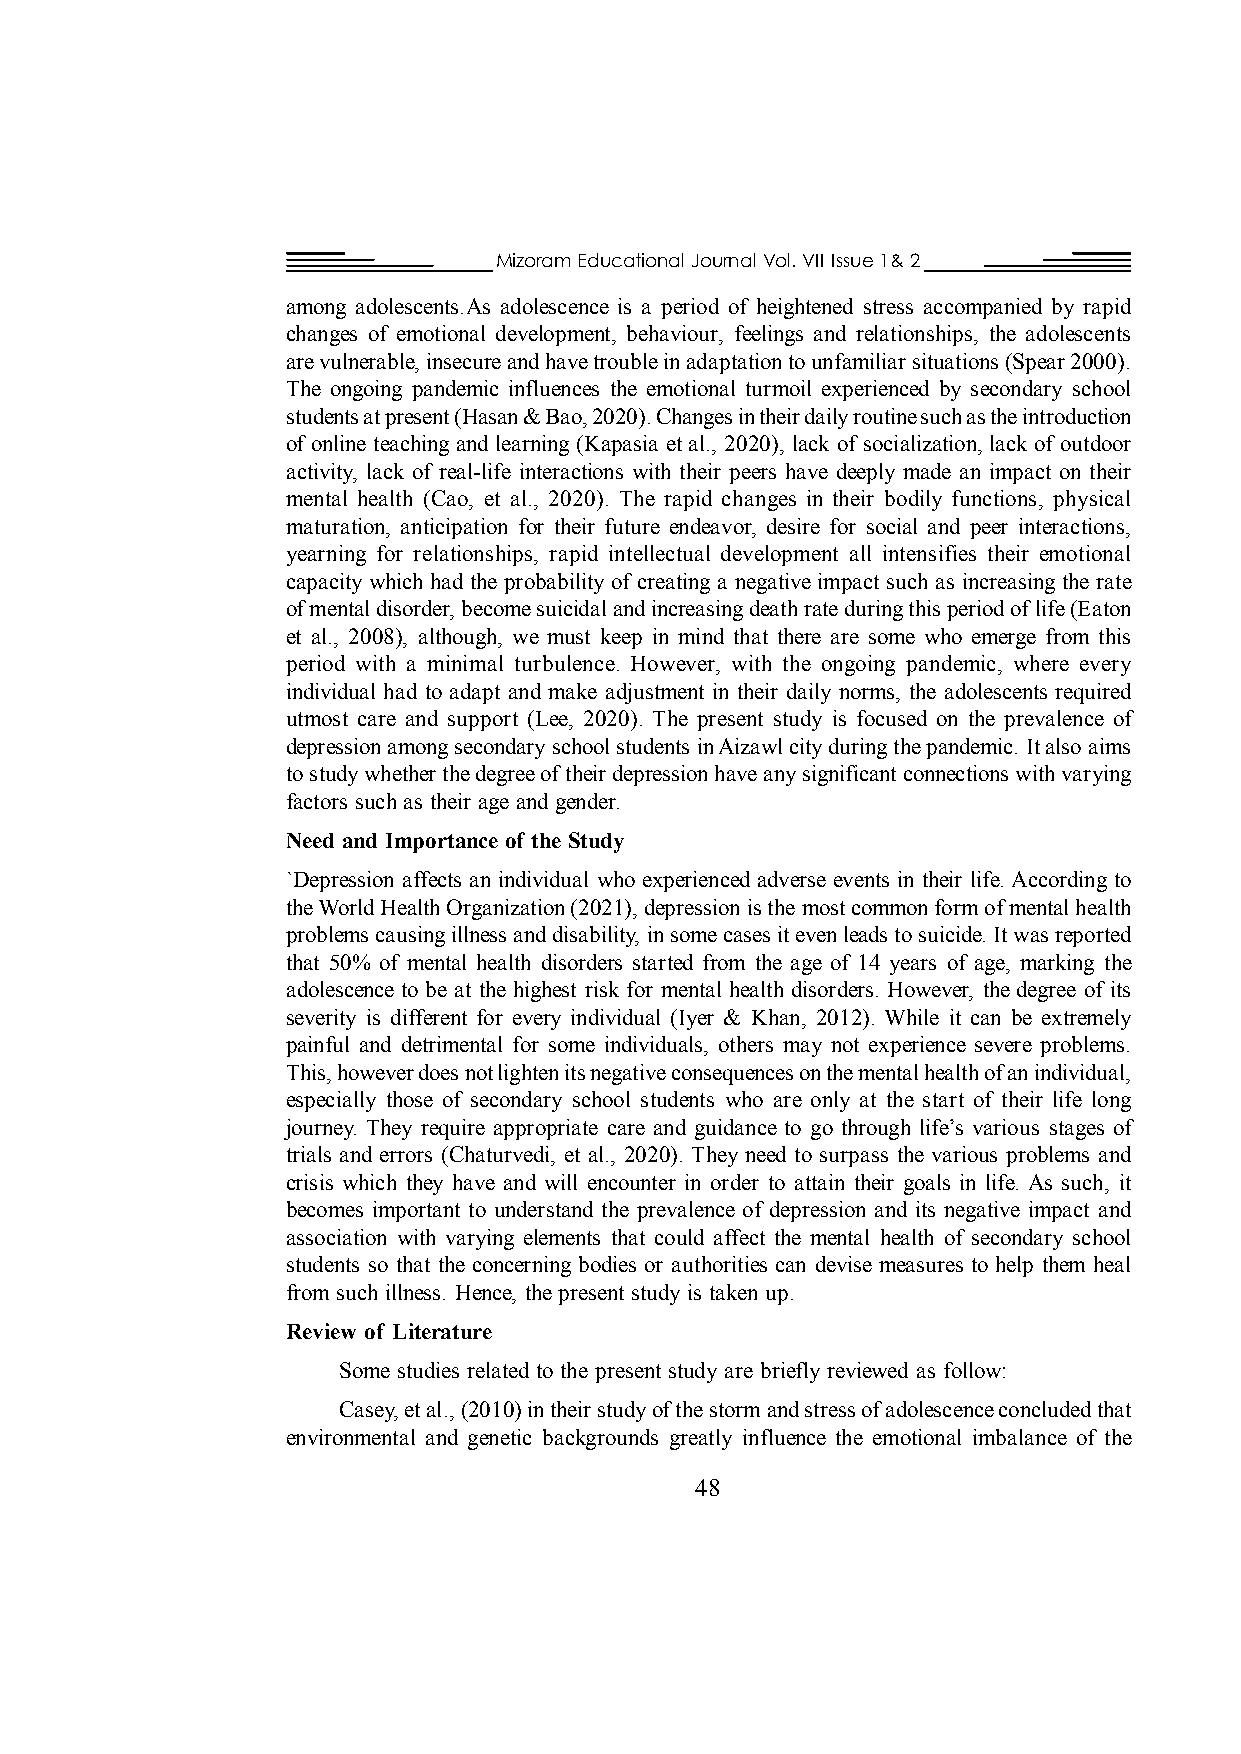
Mizoram Educational Journal Vol. VII Issue 1& 2
 among adolescents.As adolescence is a period of heightened stress accompanied by rapid
 changes of emotional development, behaviour, feelings and relationships, the adolescents
 are vulnerable, insecure and have trouble in adaptation to unfamiliar situations (Spear 2000).
 The ongoing pandemic influences the emotional turmoil experienced by secondary school
 students at present (Hasan & Bao, 2020). Changes in their daily routine such as the introduction
 of online teaching and learning (Kapasia et al., 2020), lack of socialization, lack of outdoor
 activity, lack of real-life interactions with their peers have deeply made an impact on their
 mental health (Cao, et al., 2020). The rapid changes in their bodily functions, physical
 maturation, anticipation for their future endeavor, desire for social and peer interactions,
 yearning for relationships, rapid intellectual development all intensifies their emotional
 capacity which had the probability of creating a negative impact such as increasing the rate
 of mental disorder, become suicidal and increasing death rate during this period of life (Eaton
 et al., 2008), although, we must keep in mind that there are some who emerge from this
 period with a minimal turbulence. However, with the ongoing pandemic, where every
 individual had to adapt and make adjustment in their daily norms, the adolescents required
 utmost care and support (Lee, 2020). The present study is focused on the prevalence of
 depression among secondary school students in Aizawl city during the pandemic. It also aims
 to study whether the degree of their depression have any significant connections with varying
 factors such as their age and gender.
 Need and Importance of the Study
 `Depression affects an individual who experienced adverse events in their life. According to
 the World Health Organization (2021), depression is the most common form of mental health
 problems causing illness and disability, in some cases it even leads to suicide. It was reported
 that 50% of mental health disorders started from the age of 14 years of age, marking the
 adolescence to be at the highest risk for mental health disorders. However, the degree of its
 severity is different for every individual (Iyer & Khan, 2012). While it can be extremely
 painful and detrimental for some individuals, others may not experience severe problems.
 This, however does not lighten its negative consequences on the mental health of an individual,
 especially those of secondary school students who are only at the start of their life long
 journey. They require appropriate care and guidance to go through life’s various stages of
 trials and errors (Chaturvedi, et al., 2020). They need to surpass the various problems and
 crisis which they have and will encounter in order to attain their goals in life. As such, it
 becomes important to understand the prevalence of depression and its negative impact and
 association with varying elements that could affect the mental health of secondary school
 students so that the concerning bodies or authorities can devise measures to help them heal
 from such illness. Hence, the present study is taken up.
 Review of Literature
 Some studies related to the present study are briefly reviewed as follow:
 Casey, et al., (2010) in their study of the storm and stress of adolescence concluded that
 environmental and genetic backgrounds greatly influence the emotional imbalance of the
 48